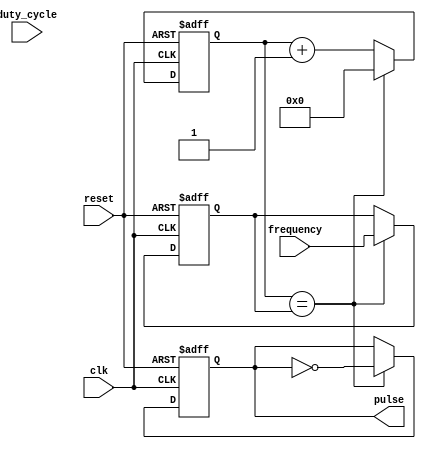
module Variable_Frequency_Pulse_Generator (
    input wire clk,
    input wire reset,
    input wire [7:0] frequency,
    input wire [7:0] duty_cycle,
    output reg pulse
);

reg [7:0] counter;
reg [7:0] compare_value;

always @ (posedge clk or posedge reset)
begin
    if (reset)
    begin
        counter <= 8'h00;
        compare_value <= 8'h00;
        pulse <= 1'b0;
    end
    else if (counter == compare_value)
    begin
        pulse <= ~pulse;
        counter <= 8'h00;
        compare_value <= frequency;
    end
    else
    begin
        counter <= counter + 8'h01;
    end
end

endmodule